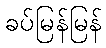
ခပ်မြန်မြန်